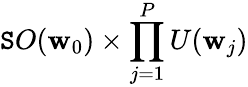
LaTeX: \mathtt{S}O(\mathbf{w}_{0})\times\prod_{j=1}^{P}U(\mathbf{w}_{j})